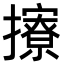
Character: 𢸘